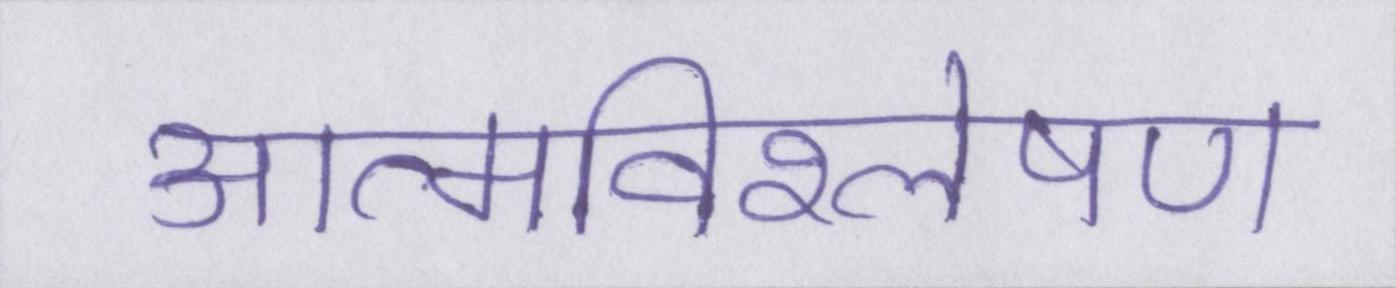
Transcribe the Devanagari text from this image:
आत्मविश्लेषण